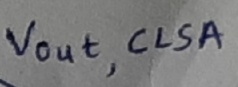
Text: Vout,CLSA